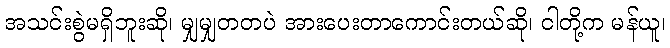
အသင်းစွဲမရှိဘူးဆို၊ မျှမျှတတပဲ အားပေးတာကောင်းတယ်ဆို၊ ငါတို့က မန်ယူ၊